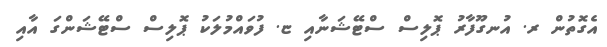
އެގޮތުން ރ. އުނގޫފާރު ޕޮލިސް ސްޓޭޝަނާއި ޏ. ފުވައްމުލަކު ޕޮލިސް ސްޓޭޝަންގަ އާއި